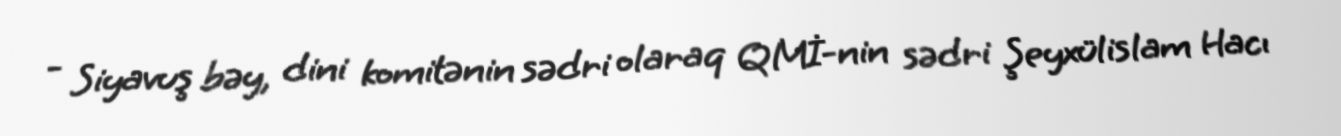
- Siyavuş bəy, dini komitənin sədri olaraq QMİ-nin sədri Şeyxülislam Hacı